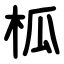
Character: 柧